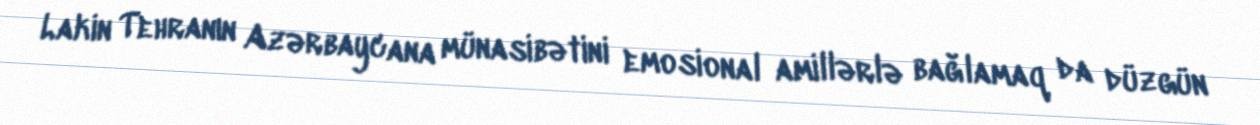
Lakin Tehranın Azərbaycana münasibətini emosional amillərlə bağlamaq da düzgün